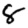
Digit: 8